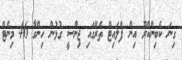
ގިނަ ކެބިންކްރޫ އިން ފްލައިޓް ތެރޭގައި ޖިންސީ ގުޅުން ހިންގާ 46 މިނެޓް